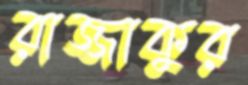
রাজ্জাকুর